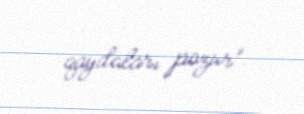
qaydaları pozur”.